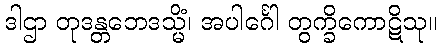
ဒါဌာ တုဒန္တဘေဒသ္မိံ၊ အပါင်္ဂေါ တွက္ခိကောဋိသု။